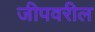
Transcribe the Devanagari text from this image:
जीपवरील